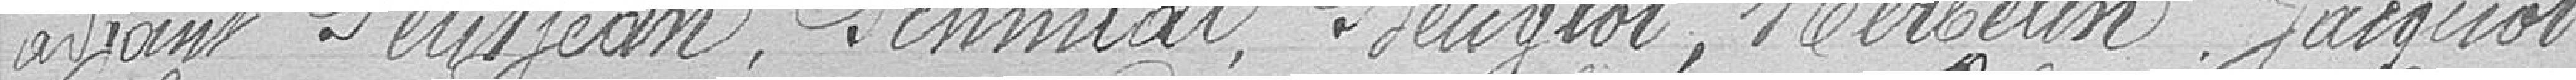
adjoint Petitjean, Schmidt, Beuglot, Herbelin, Jacquot